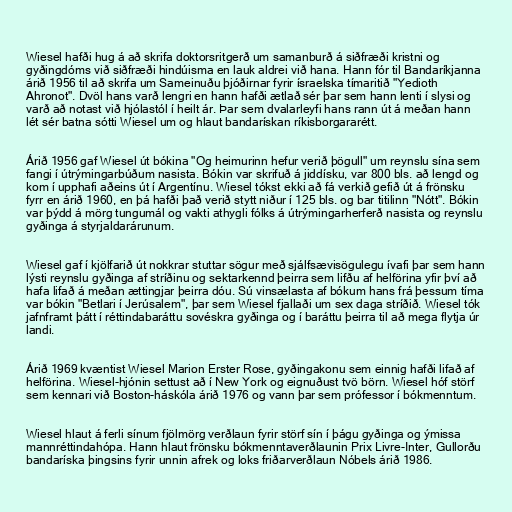
Wiesel hafði hug á að skrifa doktorsritgerð um samanburð á siðfræði kristni og
gyðingdóms við siðfræði hindúisma en lauk aldrei við hana. Hann fór til Bandaríkjanna
árið 1956 til að skrifa um Sameinuðu þjóðirnar fyrir ísraelska tímaritið "Yedioth
Ahronot". Dvöl hans varð lengri en hann hafði ætlað sér þar sem hann lenti í slysi og
varð að notast við hjólastól í heilt ár. Þar sem dvalarleyfi hans rann út á meðan hann
lét sér batna sótti Wiesel um og hlaut bandarískan ríkisborgararétt.

Árið 1956 gaf Wiesel út bókina "Og heimurinn hefur verið þögull" um reynslu sína sem
fangi í útrýmingarbúðum nasista. Bókin var skrifuð á jiddísku, var 800 bls. að lengd og
kom í upphafi aðeins út í Argentínu. Wiesel tókst ekki að fá verkið gefið út á frönsku
fyrr en árið 1960, en þá hafði það verið stytt niður í 125 bls. og bar titilinn "Nótt". Bókin
var þýdd á mörg tungumál og vakti athygli fólks á útrýmingarherferð nasista og reynslu
gyðinga á styrjaldarárunum.

Wiesel gaf í kjölfarið út nokkrar stuttar sögur með sjálfsævisögulegu ívafi þar sem hann
lýsti reynslu gyðinga af stríðinu og sektarkennd þeirra sem lifðu af helförina yfir því að
hafa lifað á meðan ættingjar þeirra dóu. Sú vinsælasta af bókum hans frá þessum tíma
var bókin "Betlari í Jerúsalem", þar sem Wiesel fjallaði um sex daga stríðið. Wiesel tók
jafnframt þátt í réttindabaráttu sovéskra gyðinga og í baráttu þeirra til að mega flytja úr
landi.

Árið 1969 kvæntist Wiesel Marion Erster Rose, gyðingakonu sem einnig hafði lifað af
helförina. Wiesel-hjónin settust að í New York og eignuðust tvö börn. Wiesel hóf störf
sem kennari við Boston-háskóla árið 1976 og vann þar sem prófessor í bókmenntum.

Wiesel hlaut á ferli sínum fjölmörg verðlaun fyrir störf sín í þágu gyðinga og ýmissa
mannréttindahópa. Hann hlaut frönsku bókmenntaverðlaunin Prix Livre-Inter, Gullorðu
bandaríska þingsins fyrir unnin afrek og loks friðarverðlaun Nóbels árið 1986.